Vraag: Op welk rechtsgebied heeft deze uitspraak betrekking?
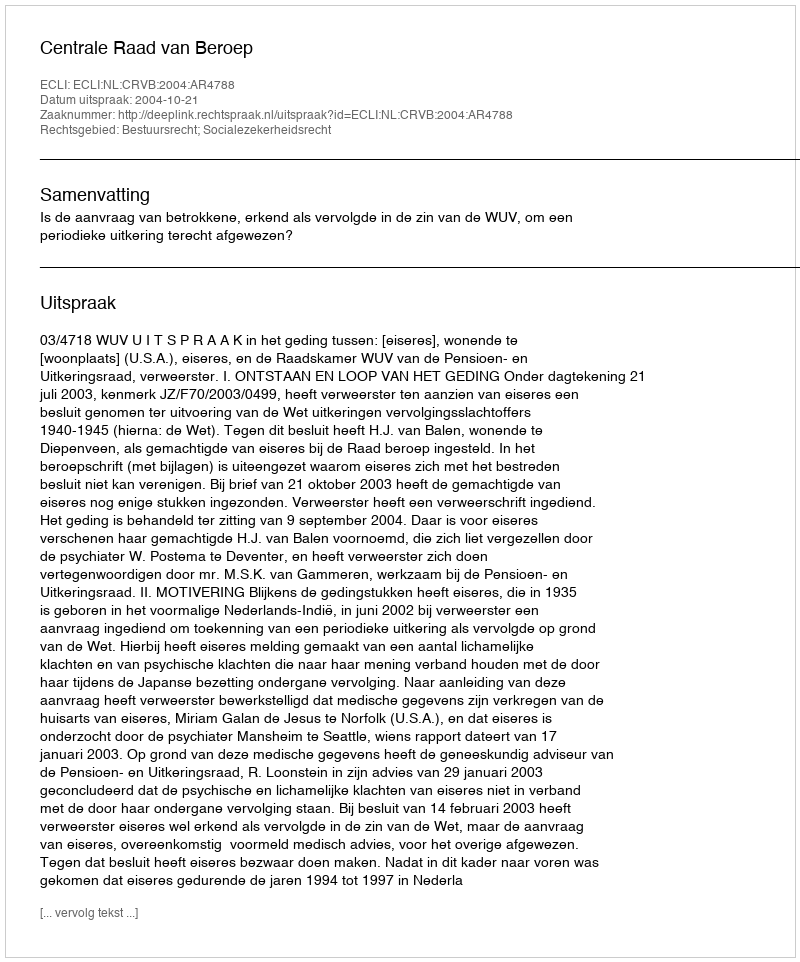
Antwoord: Bestuursrecht; Socialezekerheidsrecht